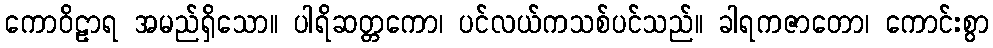
ကောဝိဠာရ အမည်ရှိသော။ ပါရိဆတ္တကော၊ ပင်လယ်ကသစ်ပင်သည်။ ခါရကဇာတော၊ ကောင်းစွာ